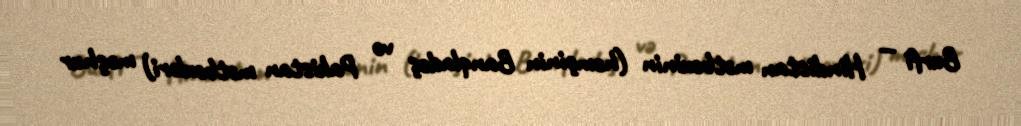
Burfi — Hindistan mətbəxinin (həmçinin Banqladeş və Pakistan mətbəxləri) məşhur